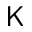
\mathsf { K }